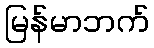
မြန်မာဘက်